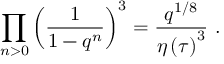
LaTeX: \prod _ { n > 0 } \left( \frac { 1 } { 1 - q ^ { n } } \right) ^ { 3 } = \frac { q ^ { 1 / 8 } } { \eta \left( \tau \right) ^ { 3 } } \ .